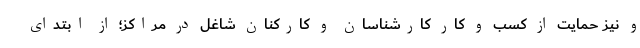
و نیز حمایت از کسب و کار کارشناسان و کارکنان شاغل در مراکز؛ از ابتدای